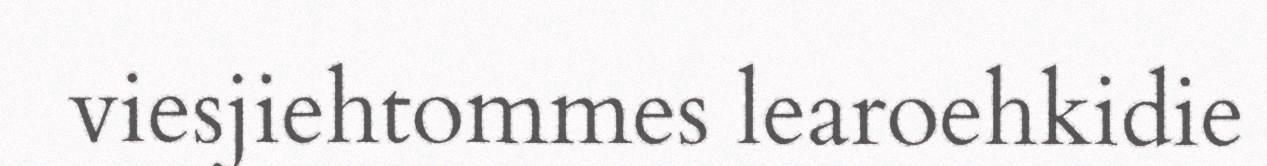
viesjiehtommes learoehkidie